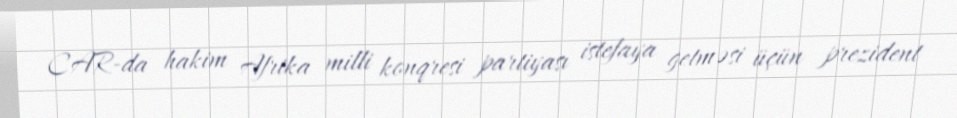
CAR-da hakim Afrika milli konqresi partiyası istefaya getməsi üçün prezident